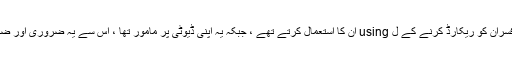
اس سے پہلے کہ طویل عرصے سے اسمارٹ فون والے افراد پولیس افسران کو ریکارڈ کرنے کے ل using ان کا استعمال کرتے تھے ، جبکہ یہ اپنی ڈیوٹی پر مامور تھا ، اس سے یہ ضروری اور ضروری ہوگیا کہ نگرانی کے لئے افسروں کی اپنی ٹکنالوجی موجود ہو۔